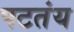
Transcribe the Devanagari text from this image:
पटतंय